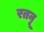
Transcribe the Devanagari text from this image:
रतनू